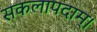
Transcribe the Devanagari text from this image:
सकलापदाम्‌।